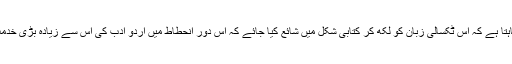
اُن کی گفتگو سن کر جی چاہتا ہے کہ اس ٹکسالی زبان کو لکھ کر کتابی شکل میں شائع کیا جائے کہ اس دورِ انحطاط میں اردو ادب کی اس سے زیادہ بڑی خدمت اور کوئی نہیں ہو سکتی۔